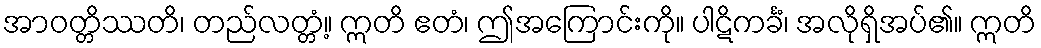
အာဝတ္တိဿတိ၊ တည်လတ္တံ့။ ဣတိ ဧတံ၊ ဤအကြောင်းကို။ ပါဋိကင်္ခံ၊ အလိုရှိအပ်၏။ ဣတိ